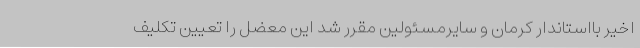
اخیر بااستاندار کرمان و سایرمسئولین مقرر شد این معضل را تعیین تکلیف